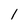
Character: 1